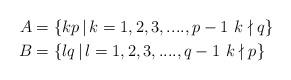
LaTeX: \begin{align*} A &=\{kp\,|\,k= 1,2,3,....,p-1\, \, k\nmid q \} \\ B &=\{lq\,|\,l= 1,2,3,....,q-1 \, \, k\nmid p \} \end{align*}